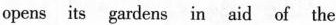
opens its gardens in aid of the